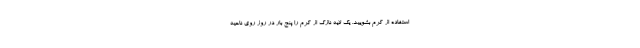
استفاده از کرم بشویید. یک لایه نازک از کرم را پنج بار در روز روی ناحیه